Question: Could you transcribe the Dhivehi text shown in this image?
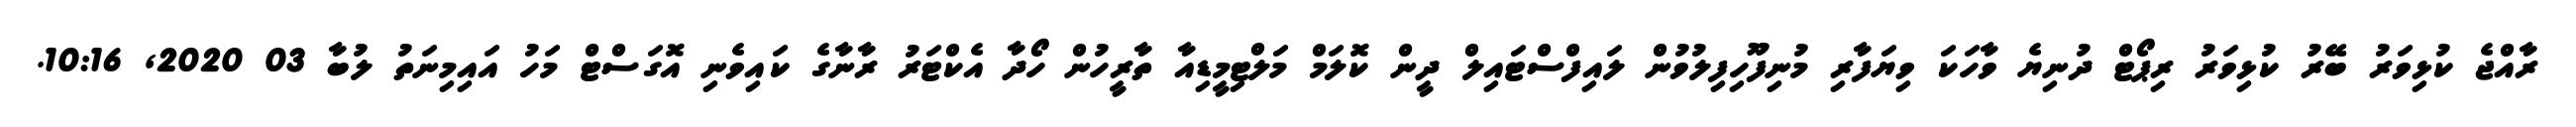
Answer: ރާއްޖެ ކުޅިވަރު ބޭރު ކުޅިވަރު ރިޕޯޓް ދުނިޔެ ވާހަކަ ވިޔަފާރި މުނިފޫހިފިލުވުން ލައިފްސްޓައިލް ދީން ކޮލަމް މަލްޓިމީޑިއާ ތާރީހުން ހޯދާ އެކްޓަރު ރާނާގެ ކައިވެނި އޮގަސްޓް މަހު އައިމިނަތު ލުބާ 03 2020, 10:16.